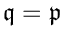
{ \mathfrak { q } } = { \mathfrak { p } }